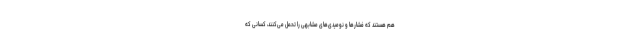
هم هستند که فشارها و نومیدی‌های مشابهی را تحمل می‌کنند، کسانی که